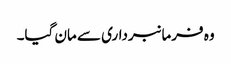
وہ فرمانبرداری سے مان گیا۔